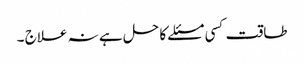
طاقت کسی مسئلے کا حل ہے نہ علاج ۔